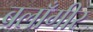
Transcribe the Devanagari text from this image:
बलाँगीर